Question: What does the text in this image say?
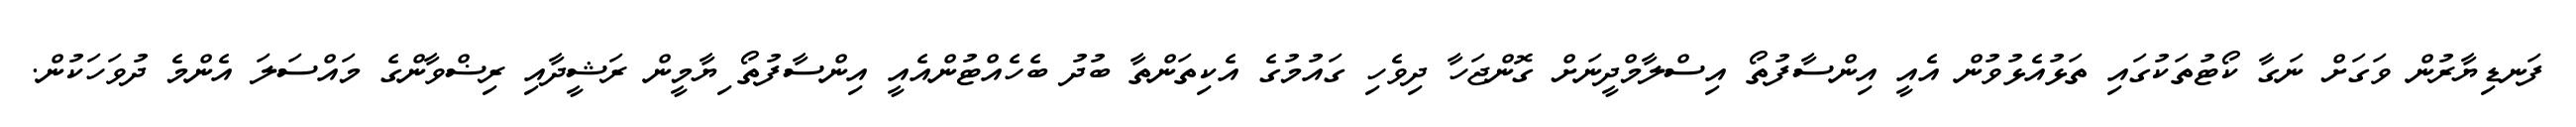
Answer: ފަނޑިޔާރުން ވަގަށް ނަގާ ކޯޓުތަކުގައި ތަޅުއެޅުވުން އެއީ އިންސާފުތޯ އިސްލާމްދީނަށް ގޮންޖަހާ ދިވެހި ގައުމުގެ އެކިތަންތާ ބުދު ބެހެއްޓުންއެއީ އިންސާފުތޯ ިޔާމީން ރަޝީދާއި ރިޟްވާންގެ މައްސަލަ އެންމެ ދުވަހަކުން.